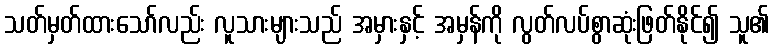
သတ်မှတ်ထားသော်လည်း လူသားများသည် အမှားနှင့် အမှန်ကို လွတ်လပ်စွာဆုံးဖြတ်နိုင်၍ သူ၏